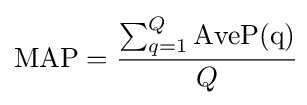
\operatorname {MAP} ={\frac {\sum _{q=1}^{Q}\operatorname {AveP(q)} }{Q}}\!